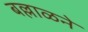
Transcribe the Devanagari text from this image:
बल्लाळने